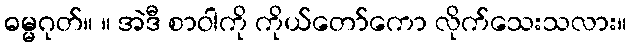
ဓမ္မဂုတ်။ ။ အဲဒီ စာဝါကို ကိုယ်တော်ကော လိုက်သေးသလား။